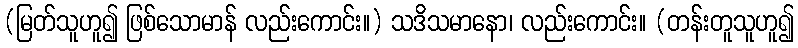
(မြတ်သူဟူ၍ ဖြစ်သောမာန် လည်းကောင်း။) သဒိသမာနော၊ လည်းကောင်း။ (တန်းတူသူဟူ၍